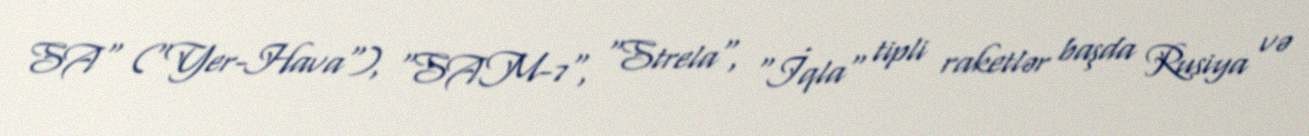
SA" ("Yer-Hava"), "SAM-7", "Strela", "İqla" tipli raketlər başda Rusiya və